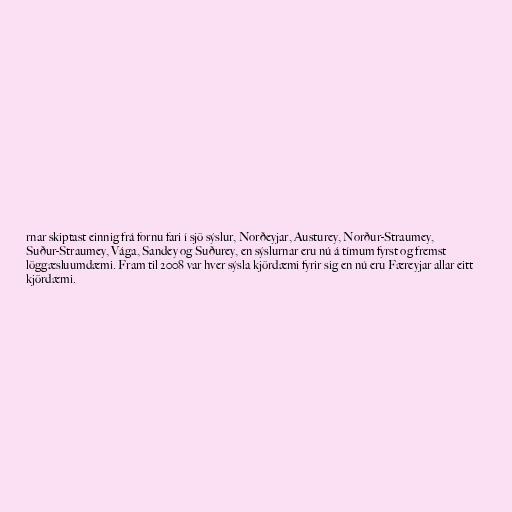
rnar skiptast einnig frá fornu fari í sjö sýslur, Norðeyjar, Austurey, Norður-Straumey,
Suður-Straumey, Vága, Sandey og Suðurey, en sýslurnar eru nú á tímum fyrst og fremst
löggæsluumdæmi. Fram til 2008 var hver sýsla kjördæmi fyrir sig en nú eru Færeyjar allar eitt
kjördæmi.